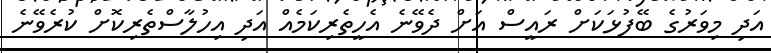
އަދި މިވަރުގެ ބޭފުޅަކަށް ރައީސް އަށް ދެވޭނެ އެހީތެރިކަމެއް އަދި އިހުލާސްތެރިކޮށް ކުރެވޭނެ